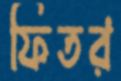
ফিতর